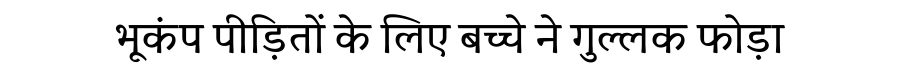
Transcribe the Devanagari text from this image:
भूकंप पीड़ितों के लिए बच्चे ने गुल्लक फोड़ा